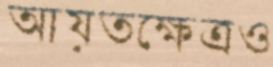
আয়তক্ষেত্রও